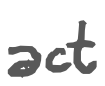
Text: act
Cross-out: clean
Writing tool: digital_gray